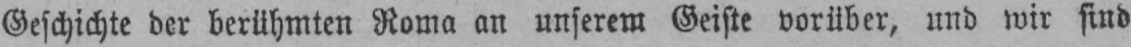
Geschichte der berühmten Roma an unserem Geiste vorüber, und wir sind